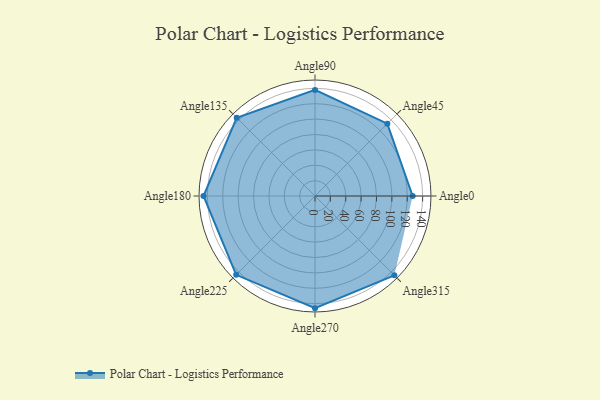
{"axis": {"x": "Angle", "y": "Radius"}, "legend": [""], "data": [{"x": "Angle0", "y": 127.0, "type": ""}, {"x": "Angle45", "y": 133.0, "type": ""}, {"x": "Angle90", "y": 138.0, "type": ""}, {"x": "Angle135", "y": 144.0, "type": ""}, {"x": "Angle180", "y": 145.0, "type": ""}, {"x": "Angle225", "y": 145.0, "type": ""}, {"x": "Angle270", "y": 146.0, "type": ""}, {"x": "Angle315", "y": 146.0, "type": ""}]}